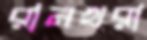
রানখরা